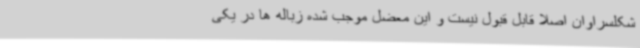
شکلسراوان اصلا قابل قبول نیست و این معضل موجب شده زباله ها در یکی